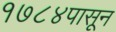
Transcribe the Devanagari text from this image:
१७८४पासून